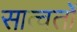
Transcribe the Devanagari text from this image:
सात्वतों